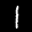
Label: 1